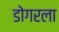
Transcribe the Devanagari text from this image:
डोगरला